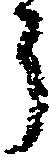
う